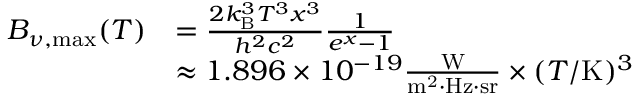
{ \begin{array} { r l } { B _ { \nu , { \mathrm { m a x } } } ( T ) } & { = { \frac { 2 k _ { \mathrm { B } } ^ { 3 } T ^ { 3 } x ^ { 3 } } { h ^ { 2 } c ^ { 2 } } } { \frac { 1 } { e ^ { x } - 1 } } } \\ & { \approx 1 . 8 9 6 \times 1 0 ^ { - 1 9 } { \frac { \mathrm { W } } { \mathrm { m ^ { 2 } \cdot H z \cdot s r } } } \times ( T / \mathrm { K } ) ^ { 3 } } \end{array} }